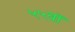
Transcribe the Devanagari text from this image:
५५वॉ